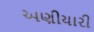
અણીયારી